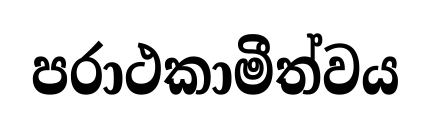
පරාථකාමීත්වය